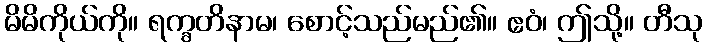
မိမိကိုယ်ကို။ ရက္ခတိနာမ၊ စောင့်သည်မည်၏။ ဧဝံ၊ ဤသို့။ တီသု